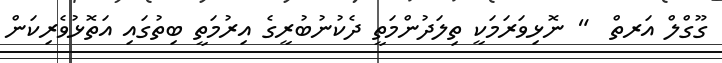
ގޫގްލް އަރތް  " ނޮޅިވަރަމަކީ ތިލަދުންމަތީ ދެކުނުބުރީގެ އިރުމަތީ ބިތުގައި އަތޮޅުވެރިކަން